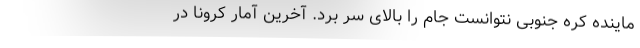
ماینده کره جنوبی نتوانست جام را بالای سر برد. آخرین آمار کرونا در